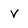
Character: v